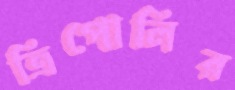
ত্রিপোলির